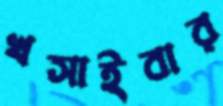
খসাইবার